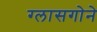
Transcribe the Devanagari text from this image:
ग्लासगोने